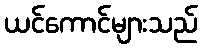
ယင်ကောင်များသည်